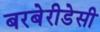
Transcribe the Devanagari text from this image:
बरबेरीडेसी